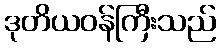
ဒုတိယဝန်ကြီးသည်